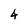
Character: 4